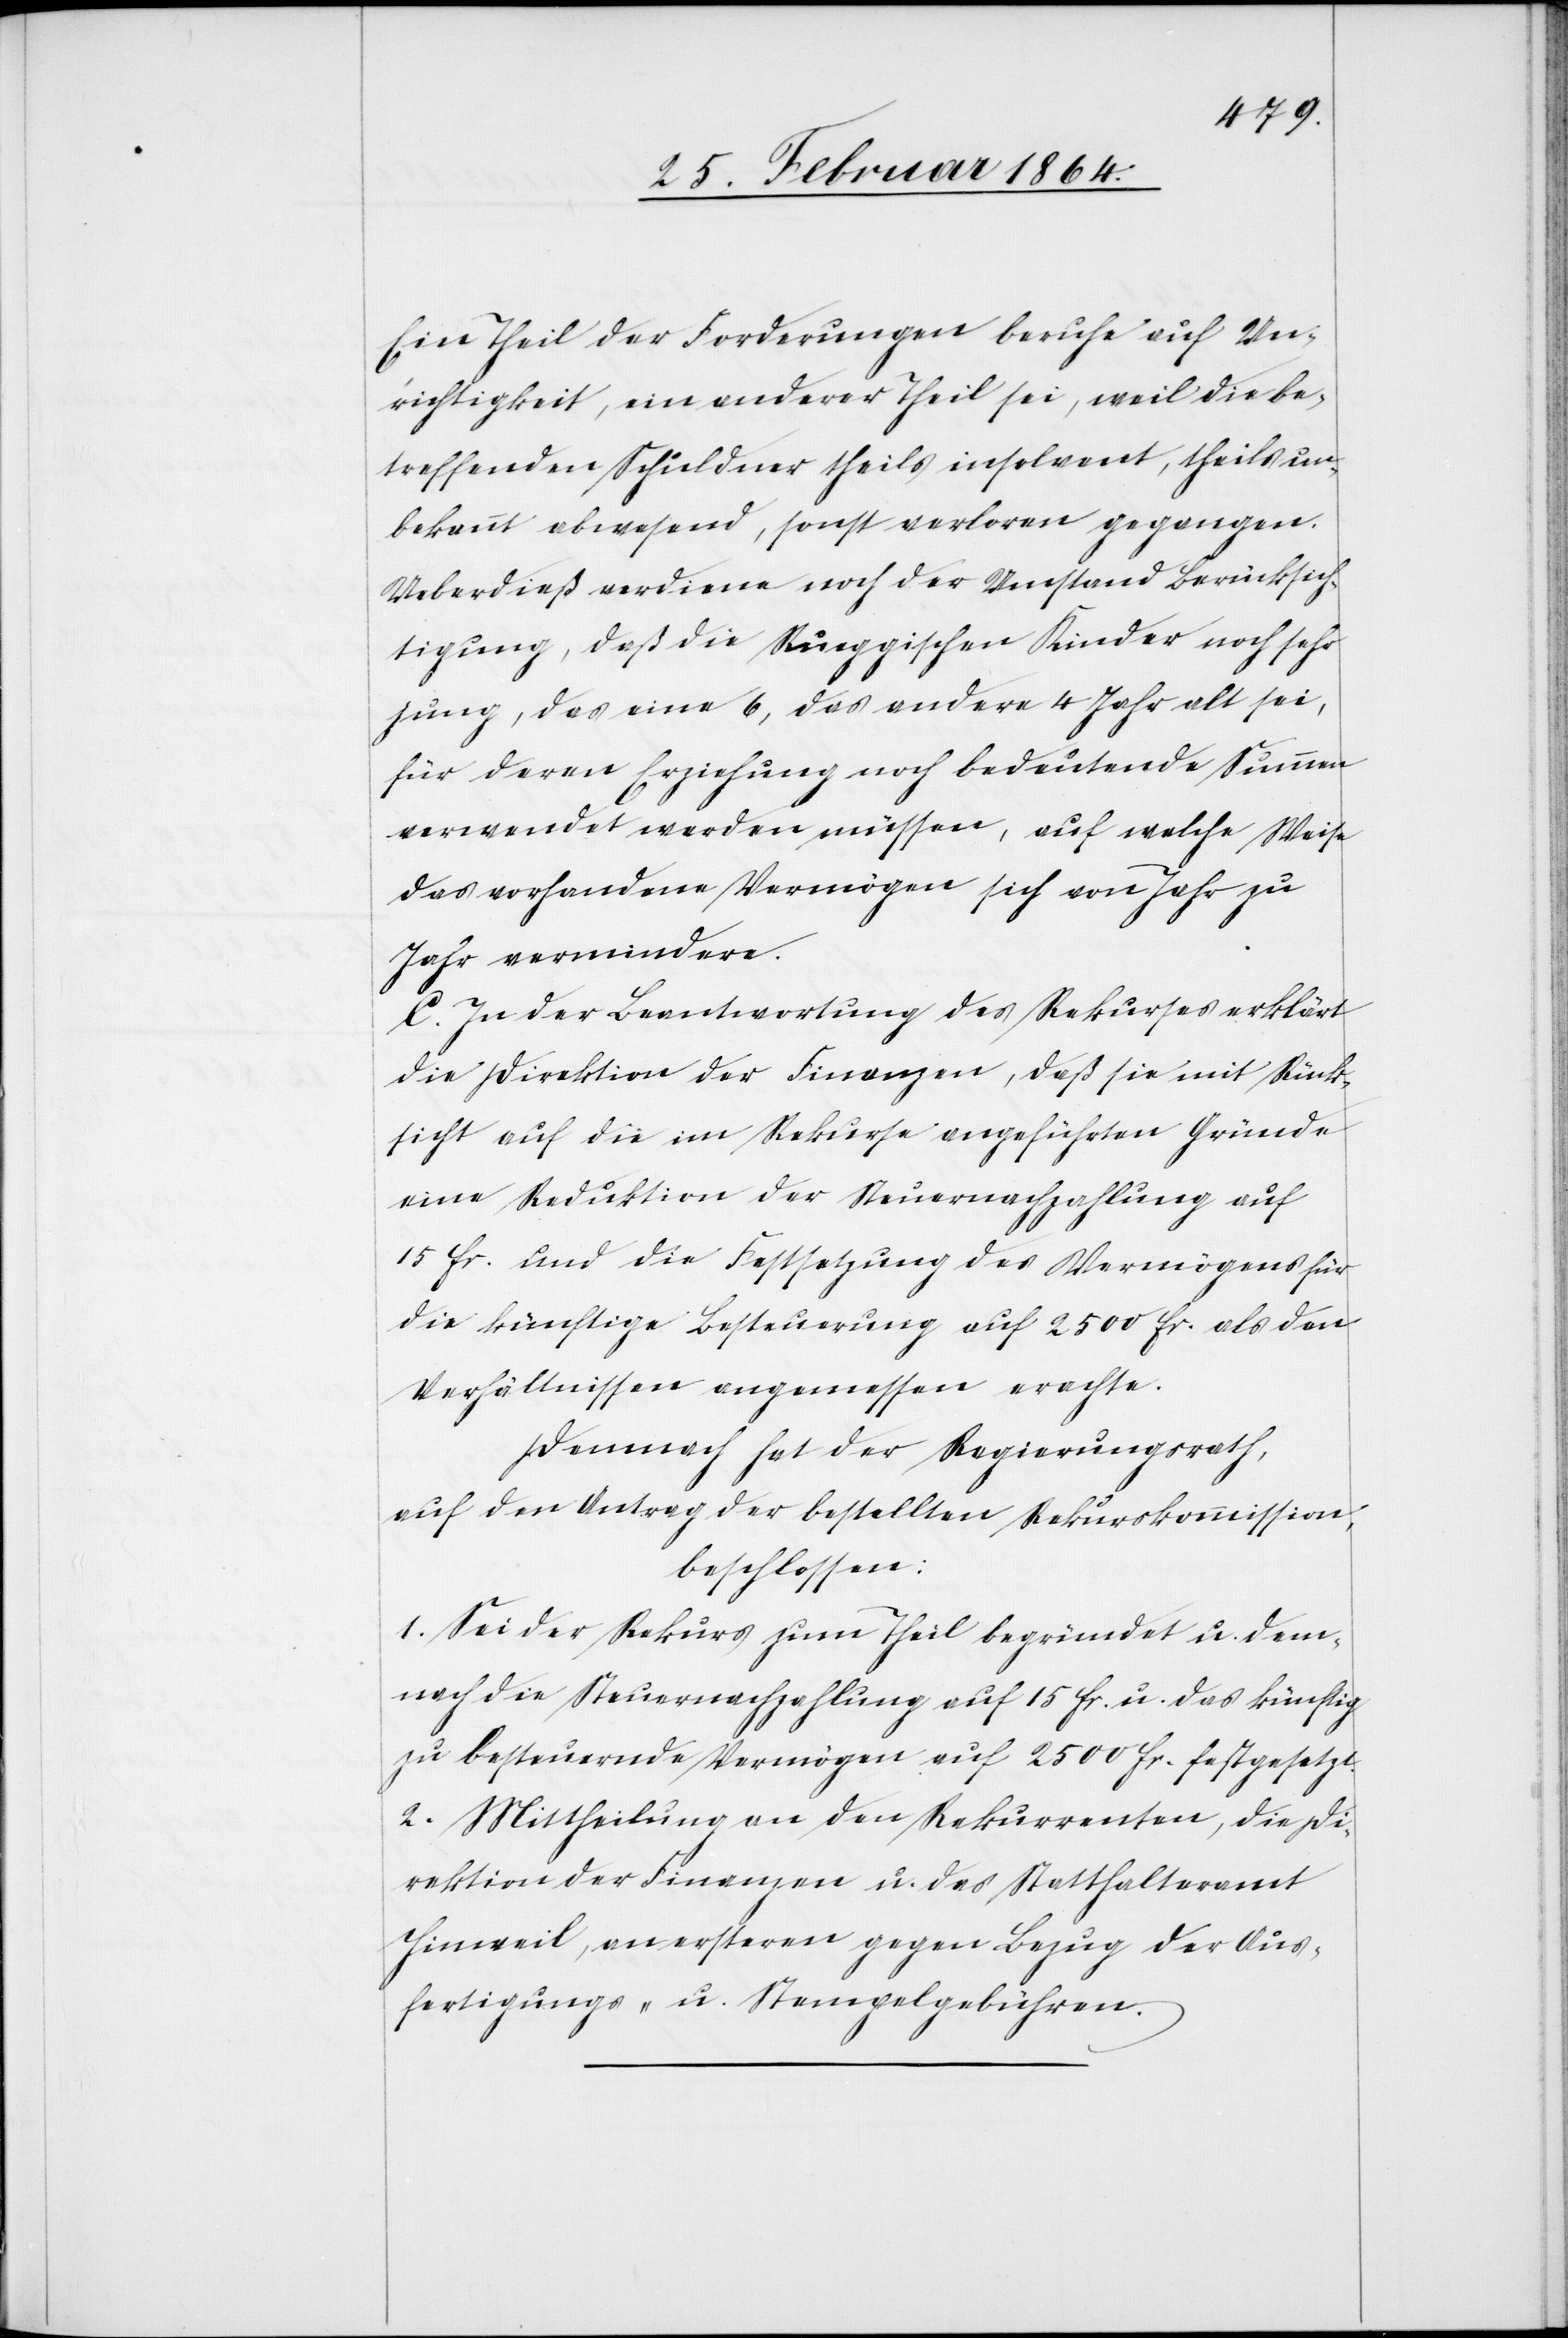
Ein Teil der Forderungen beruhe auf Un¬
richtigkeit, ein anderer Theil sei, weil die be¬
treffenden Schuldner theils insolvent, theils un¬
bekannt abwesend, sonst verloren gegangen.
Ueberdieß verdiene noch der Umstand Berücksich¬
tigung, daß die Rüeggischen Kinder noch sehr
jung, das eine 6, das andere 4 Jahr alt sei,
für deren Erziehung noch bedeutende Summen
verwendet werden müssen, auf welche Weise
das vorhandene Vermögen sich von Jahr zu
Jahr vermindere.
C. In der Beantwortung des Rekurses erklärt
die Direktion der Finanzen, daß sie mit Rück¬
sicht auf die im Rekurse angeführten Gründe
eine Reduktion der Steuernachzahlung auf
15 fr. und die Festsetzung des Vermögens für
die künftige Besteuerung auf 2500 fr. als den
Verhältnissen angemessen erachte.
Demnach hat der Regierungsrath,
auf den Antrag der bestellten Rekurskommission,
beschlossen:
1. Sei der Rekurs zum Theil begründet u. dem¬
nach die Steuernachzahlung auf 15 fr. u. das künftig
zu besteuernde Vermögen auf 2500 fr. festgesetzt.
2. Mittheilung an den Rekurrenten, die Di¬
rektion der Finanzen u. das Statthalteramt
Hinweil, an ersteren gegen Bezug der Aus¬
fertigungs- u. Stempelgebühren.